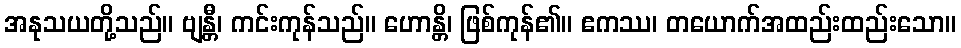
အနုသယတို့သည်။ ဗျန္တီ၊ ကင်းကုန်သည်။ ဟောန္တိ၊ ဖြစ်ကုန်၏။ ဧကဿ၊ တယောက်အထည်းထည်းသော။